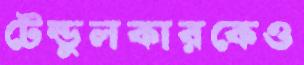
টেন্ডুলকারকেও